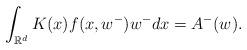
LaTeX: \begin{align*}\int_{\mathbb{R}^d}K(x)f(x,w^-)w^- dx& =A^-(w).\end{align*}